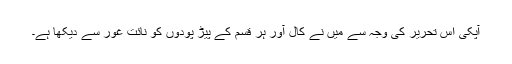
آپکی اس تحریر کی وجہ سے میں نے کال آور ہر قسم کے پیڑ پودوں کو نائت غور سے دیکھا ہے۔